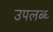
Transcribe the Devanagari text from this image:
उपलब्ध्‍